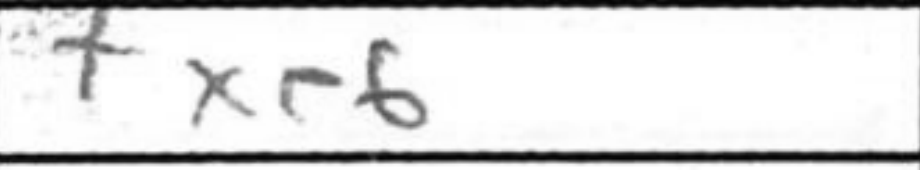
Transcription: fxe6